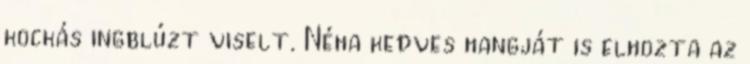
kockás ingblúzt viselt. Néha kedves hangját is elhozta az